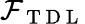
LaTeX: \mathcal{F}_{\mathrm{~T~D~L~}}